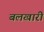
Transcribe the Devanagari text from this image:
बलखारी